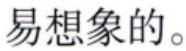
易想象的。